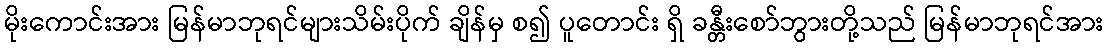
မိုးကောင်းအား မြန်မာဘုရင်များသိမ်းပိုက် ချိန်မှ စ၍ ပူတောင်း ရှိ ခန္တီးစော်ဘွားတို့သည် မြန်မာဘုရင်အား